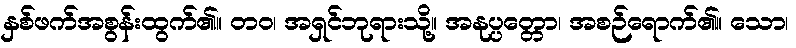
နှစ်ဖက်အစွန်းထွက်၏။ တဝ၊ အရှင်ဘုရားသို့။ အနုပ္ပတ္တော၊ အစဉ်ရောက်၏။ သော၊